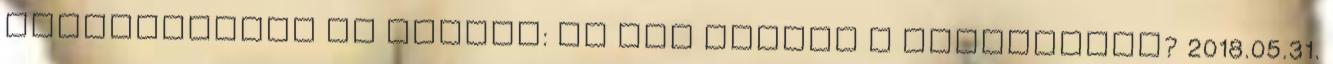
átalakítások Fu Manchu: És hol vannak a megoldások? 2018.05.31.